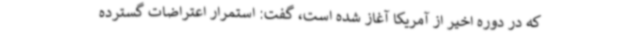
که در دوره‌ اخیر از آمریکا آغاز شده است، گفت: استمرار اعتراضات گسترده‌